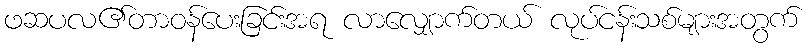
ဖဆပလ၏တာဝန်ပေးခြင်းအရ လာလျှောက်တယ် လုပ်ငန်းသစ်များအတွက်